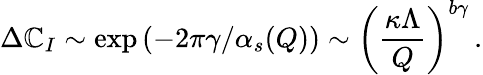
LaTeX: \Delta\mathbb{C}_{I}\sim\exp{(-2\pi\gamma/\alpha_{s}(Q))}\sim\left(\frac{{\kappa\Lambda}}{{Q}}\right)^{b\gamma}\, .